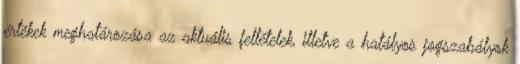
értékek meghatározása az aktuális feltételek, illetve a hatályos jogszabályok